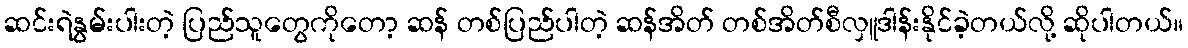
ဆင်းရဲနွမ်းပါးတဲ့ ပြည်သူတွေကိုတော့ ဆန် တစ်ပြည်ပါတဲ့ ဆန်အိတ် တစ်အိတ်စီလှူဒါန်းနိုင်ခဲ့တယ်လို့ ဆိုပါတယ်။